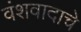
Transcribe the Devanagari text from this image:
वंशवादाचे